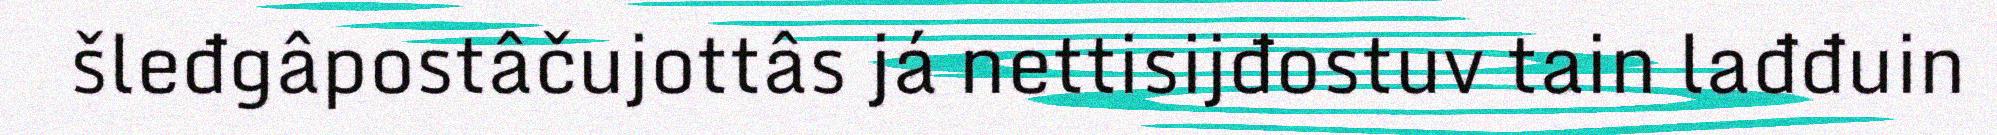
šleđgâpostâčujottâs já nettisijđostuv tain lađđuin